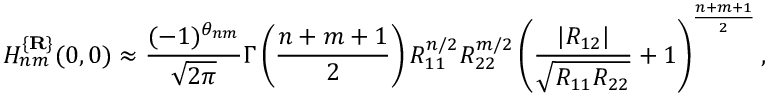
H _ { n m } ^ { \{ { \bf R } \} } ( 0 , 0 ) \approx \frac { ( - 1 ) ^ { \theta _ { n m } } } { \sqrt { 2 \pi } } \Gamma \left( \frac { n + m + 1 } 2 \right) R _ { 1 1 } ^ { n / 2 } R _ { 2 2 } ^ { m / 2 } \left( \frac { | R _ { 1 2 } | } { \sqrt { R _ { 1 1 } R _ { 2 2 } } } + 1 \right) ^ { \frac { n + m + 1 } 2 } ,